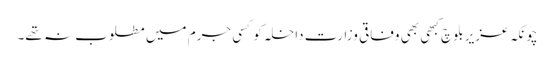
چونکہ عزیر بلوچ کبھی بھی وفاقی وزارتِ داخلہ کو کسی جرم میں مطلوب نہ تھے۔